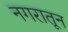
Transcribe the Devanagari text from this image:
नगरातून